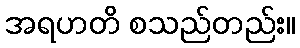
အရဟတိ စသည်တည်း။